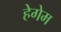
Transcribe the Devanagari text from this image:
हेगेम